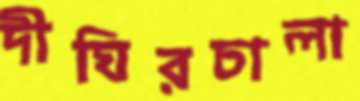
দীঘিরচালা